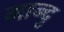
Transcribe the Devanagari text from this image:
मान्दु